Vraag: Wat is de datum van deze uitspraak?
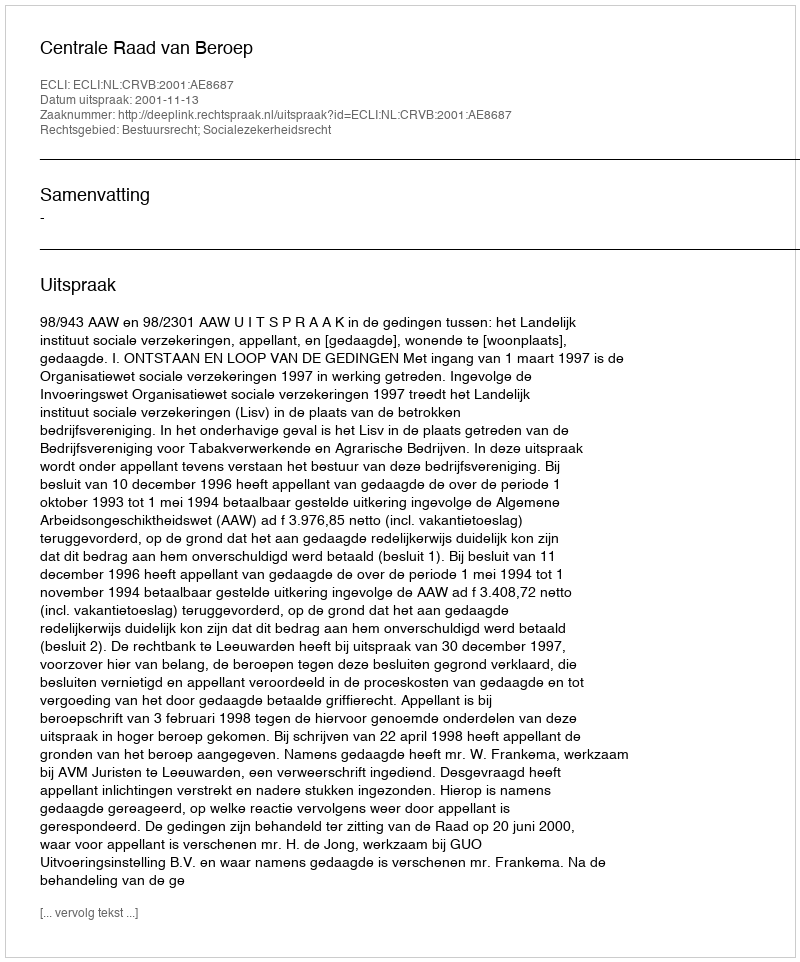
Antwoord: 2001-11-13